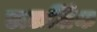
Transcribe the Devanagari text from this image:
डाटालिंक